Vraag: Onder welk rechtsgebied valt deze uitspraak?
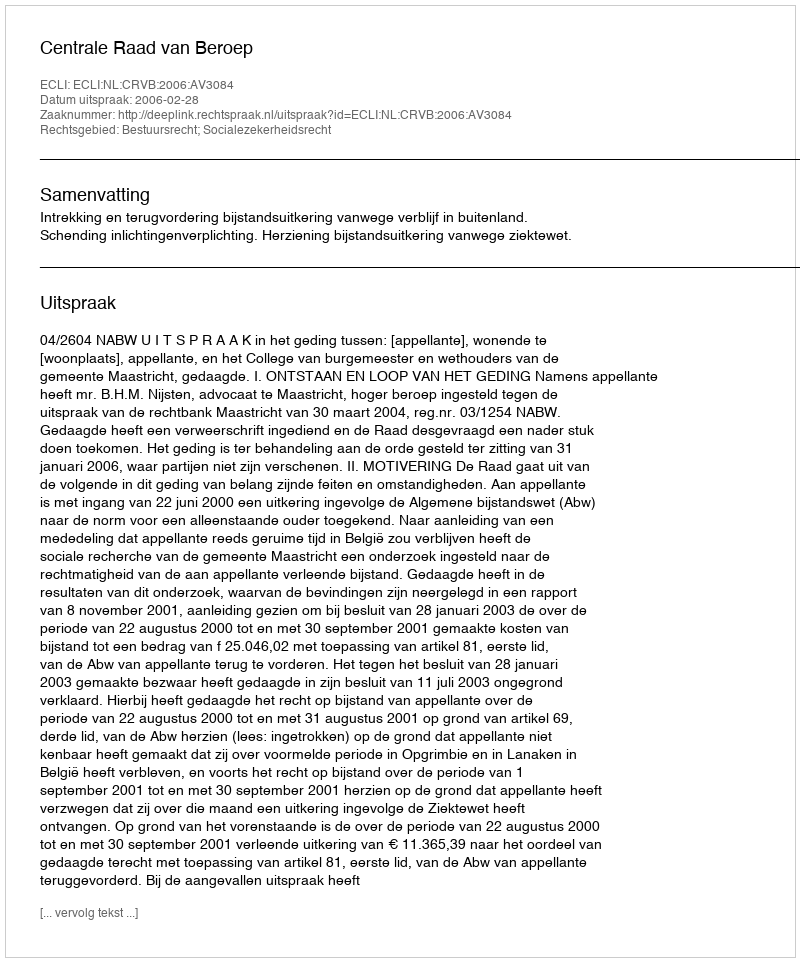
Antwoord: Bestuursrecht; Socialezekerheidsrecht